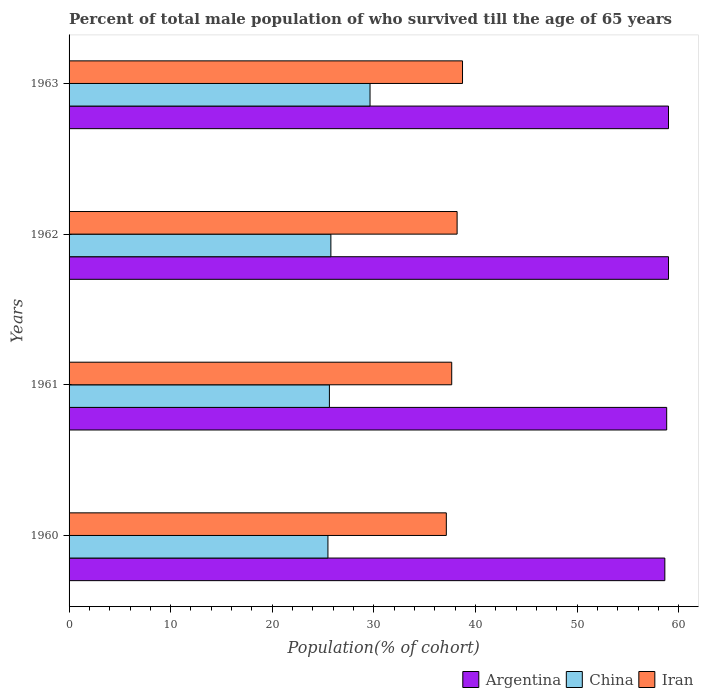
| Years | Argentina | China | Iran |
 | --- | --- | --- | --- |
 | 1960 | 58.6 | 25.5 | 37.1 |
 | 1961 | 58.8 | 25.6 | 37.7 |
 | 1962 | 59 | 25.8 | 38.2 |
 | 1963 | 59 | 29.6 | 38.7 |